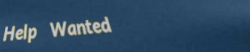
Help Wanted